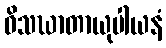
ဝိသဃာတာယုပါယနံ